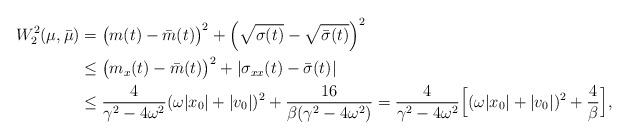
LaTeX: \begin{align*}W_2^2(\mu,\bar{\mu})&=\big(m(t)-\bar{m}(t)\big)^2+\Big(\sqrt{\sigma(t)}-\sqrt{\bar{\sigma}(t)}\Big)^2\\&\leq \big(m_x(t)-\bar{m}(t)\big)^2+|\sigma_{xx}(t)-\bar{\sigma}(t)|\\& \leq \frac{4}{\gamma^2-4\omega^2}(\omega |x_0|+|v_0|)^2+\frac{16}{\beta(\gamma^2-4\omega^2)}=\frac{4}{\gamma^2-4\omega^2}\Big[(\omega |x_0|+|v_0|)^2+\frac{4}{\beta}\Big],\end{align*}